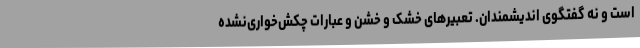
است و نه گفتگوی اندیشمندان. تعبیرهای خشک و خشن و عبارات چکش‌خواری‌نشده